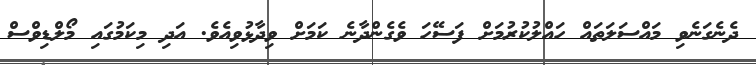
ދެނެގަނެވި މައްސަލަތައް ހައްލުކުރުމަށް ފަސޭހަ ވެގެންދާނެ ކަމަށް ވިދާޅުވިއެވެ. އަދި މިކަމުގައި މޯލްޑިވްސް